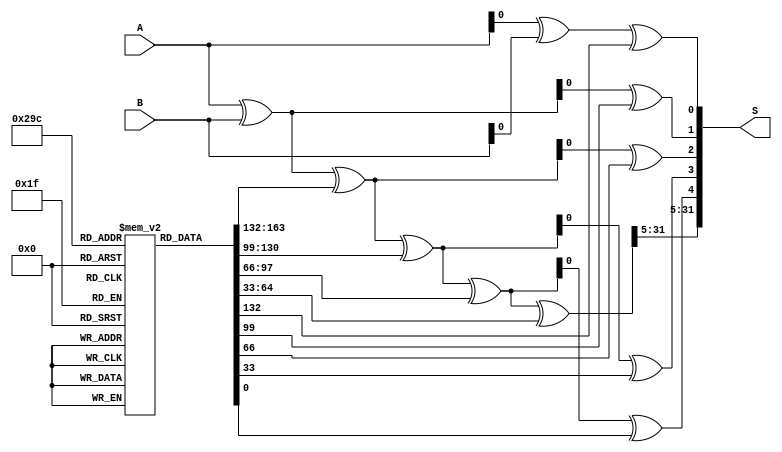
module BrentKungAdder (
    input wire [31:0] A,
    input wire [31:0] B,
    output reg [32:0] S
);

reg [32:0] P [4:0];
reg [32:0] G [4:0];
reg [32:0] C [4:0];

assign P[0] = A ^ B;
assign G[0] = A & B;

assign P[1] = P[0] ^ C[0];
assign G[1] = P[1] & C[0];

assign P[2] = P[1] ^ C[1];
assign G[2] = P[2] & C[1];

assign P[3] = P[2] ^ C[2];
assign G[3] = P[3] & C[2];

assign P[4] = P[3] ^ C[3];
assign G[4] = P[4] & C[3];

always @* begin
    S[0] = A[0] ^ B[0] ^ C[0];
    S[1] = P[0] ^ C[1];
    S[2] = P[1] ^ C[2];
    S[3] = P[2] ^ C[3];
    S[4] = P[3] ^ C[4];
    
    S[31:5] = P[4][31:5];
end

endmodule